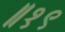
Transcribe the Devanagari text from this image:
॥१९